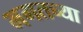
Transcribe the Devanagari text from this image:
भगतच्या